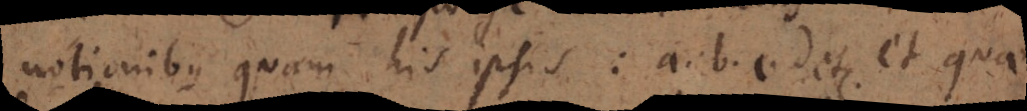
notionibus quam his ipsis: a. b. c. d etc. et quae